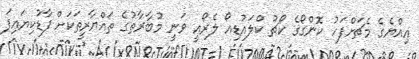
އިއްޔެގެ މެޗަށްފަހު ކޮންގޯގެ ކޯޗު ކްލައުޑިއޯ ލެރޯއީ ވަނީ މުބާރާތުގެ ތައްޔާރީތަކަށް ފާޑުކިޔައިފަ